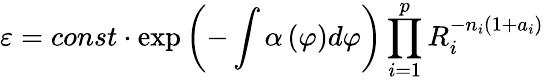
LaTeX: \varepsilon=const\cdot\exp\left(-\int\alpha\left(\varphi\right)d\varphi\right)\prod_{i=1}^{p}R_{i}^{-n_{i}(1+a_{i})}